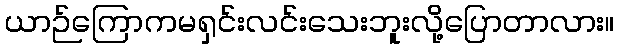
ယာဉ်ကြောကမရှင်းလင်းသေးဘူးလို့ပြောတာလား။